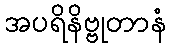
အပရိနိဗ္ဗုတာနံ